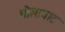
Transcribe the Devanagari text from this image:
धौलाघाट